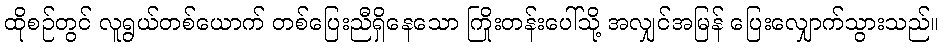
ထိုစဉ်တွင် လူရွယ်တစ်ယောက် တစ်ပြေးညီရှိနေသော ကြိုးတန်းပေါ်သို့ အလျှင်အမြန် ပြေးလျှောက်သွားသည်။